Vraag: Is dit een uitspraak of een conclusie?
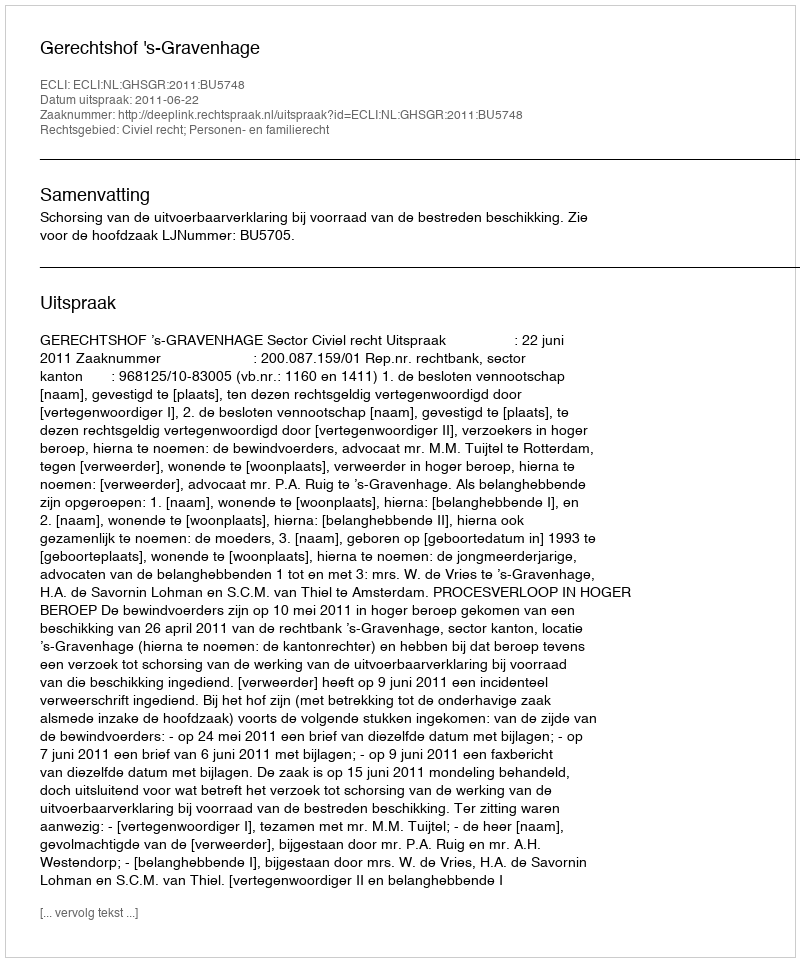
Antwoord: Uitspraak